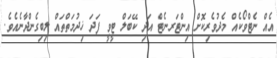
އެއް ނެޓްވޯކެއް މެދުވެރިިކޮށް އިންޓަރނެޓް އަދި ކޭބަލް ޓީވީ ފަދަ ޚިދުމަތްތައް ލިބިގެންދާނެއެވެ.